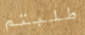
طلبتم